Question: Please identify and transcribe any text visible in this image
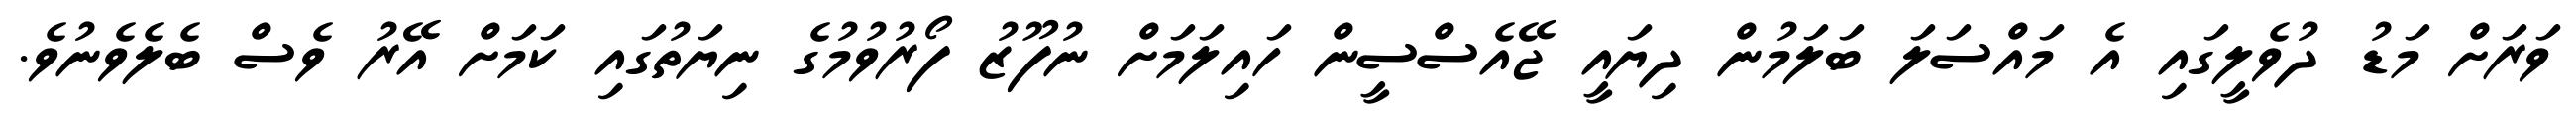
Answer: ވަރަށް މަޑު ދުވެލީގައި އެ މައްސަލަ ބަލަމުން ދިޔައީ ޖޭއެސްސީން ހައިލަމަށް ނުފޫޒު ފޯރުވުމުގެ ނިޔަތުގައި ކަމަށް އޭރު ވެސް ބެލެވެނުވެ.